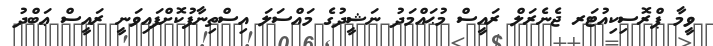
ވީމާ ޕްރޮސިކިއުޓަރ ޖެނެރަލް ރައީސް މުޙައްމަދު ނަޝީދުގެ މައްސަލަ އިސްތިނާފުކޮށްފައިވަނީ ރައީސް ޢަބްދު